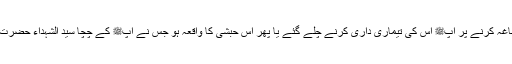
طائف کا واقعہ ہو ، اُس بڑھیا کا واقعہ ہو جو روز جو آپﷺ پر گندگی کے ڈھیر پینکھا کرتی تھیں اور ناغہ کرنے پر آپﷺ اُس کی تیماری داری کرنے چلے گئے یا پھر اُس حبشی کا واقعہ ہو جس نے آپﷺ کے چچا سید الشہداء حضرت امیر حمزہؓ کو قتل کیا تھا یہ تمام واقعات ہر خاص و عام کی زبان زد عام ہے لیکن عمل کرے تو کون!